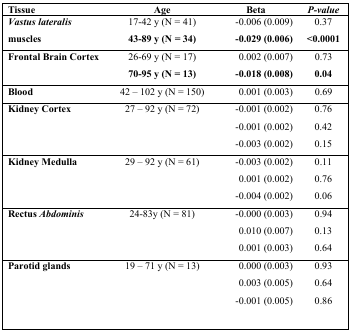
<table><thead><tr><td><b>Tissue</b></td><td><b>Age</b></td><td><b>Beta</b></td><td><b><i>P-value</i></b></td></tr></thead><tbody><tr><td><i><b>Vastus lateralis</b></i>muscles</td><td>17-42 y (N = 41)<b>43-89 y (N = 34)</b></td><td>−0.006 (0.009)<b>-0.029 (0.006)</b></td><td>0.37<b>&lt;0.0001</b></td></tr><tr><td><b>Frontal Brain Cortex</b></td><td>26-69 y (N = 17)<b>70-95 y (N = 13)</b></td><td>0.002 (0.007)<b>-0.018 (0.008)</b></td><td>0.73<b>0.04</b></td></tr><tr><td><b>Blood</b></td><td>42 – 102 y (N = 150)</td><td>0.001 (0.003)</td><td>0.69</td></tr><tr><td><b>Kidney Cortex</b></td><td>27 – 92 y (N = 72)</td><td>−0.001 (0.002)-0.001 (0.002)-0.003 (0.002)</td><td>0.760.420.15</td></tr><tr><td><b>Kidney Medulla</b></td><td>29 – 92 y (N = 61)</td><td>−0.003 (0.002)0.001 (0.002)-0.004 (0.002)</td><td>0.110.760.06</td></tr><tr><td><b>Rectus <i>Abdominis</i></b></td><td>24-83y (N = 81)</td><td>−0.000 (0.003)0.010 (0.007)0.001 (0.003)</td><td>0.940.130.64</td></tr><tr><td><b>Parotid glands</b></td><td>19 – 71 y (N = 13)</td><td>0.000 (0.003)0.003 (0.005)-0.001 (0.005)</td><td>0.930.640.86</td></tr></tbody></table>